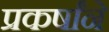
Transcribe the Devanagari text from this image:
प्रकर्षांने